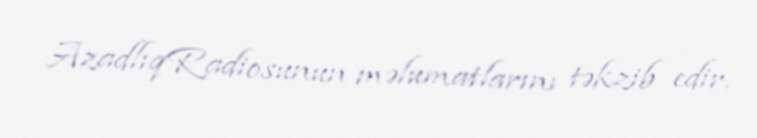
AzadlıqRadiosunun məlumatlarını təkzib edir.